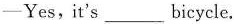
——Yes, it's ___ bicycle.